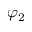
\varphi _ { 2 }